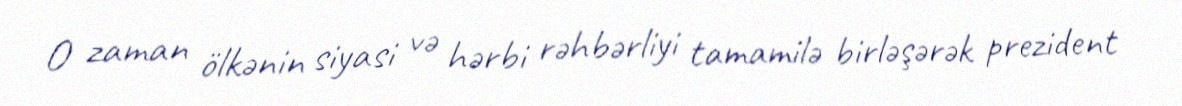
O zaman ölkənin siyasi və hərbi rəhbərliyi tamamilə birləşərək prezident